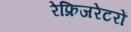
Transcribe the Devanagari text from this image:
रेफ्रिजरेटरों